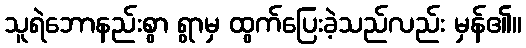
သူရဲဘောနည်းစွာ ရွာမှ ထွက်ပြေးခဲ့သည်လည်း မှန်၏။